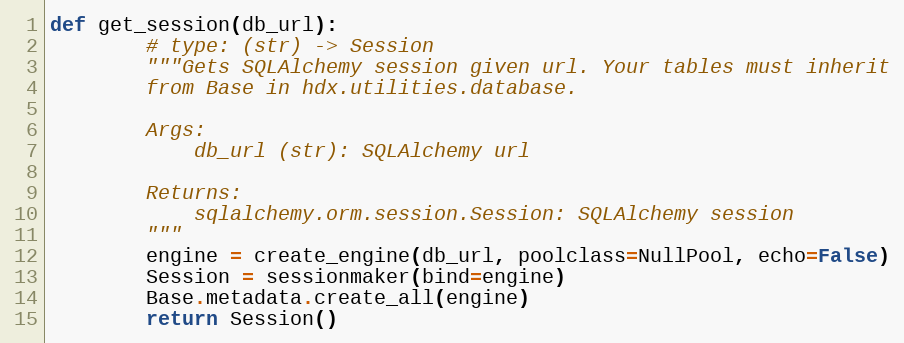
Language: Python
def get_session(db_url):
        # type: (str) -> Session
        """Gets SQLAlchemy session given url. Your tables must inherit
        from Base in hdx.utilities.database.

        Args:
            db_url (str): SQLAlchemy url

        Returns:
            sqlalchemy.orm.session.Session: SQLAlchemy session
        """
        engine = create_engine(db_url, poolclass=NullPool, echo=False)
        Session = sessionmaker(bind=engine)
        Base.metadata.create_all(engine)
        return Session()